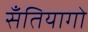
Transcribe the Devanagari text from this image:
सॅंतियागो